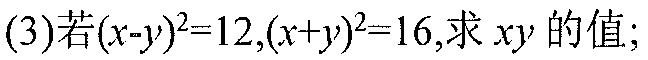
(3)若\((x - y)^2 = 12,(x + y)^2 = 16\),求 \(xy\) 的值;